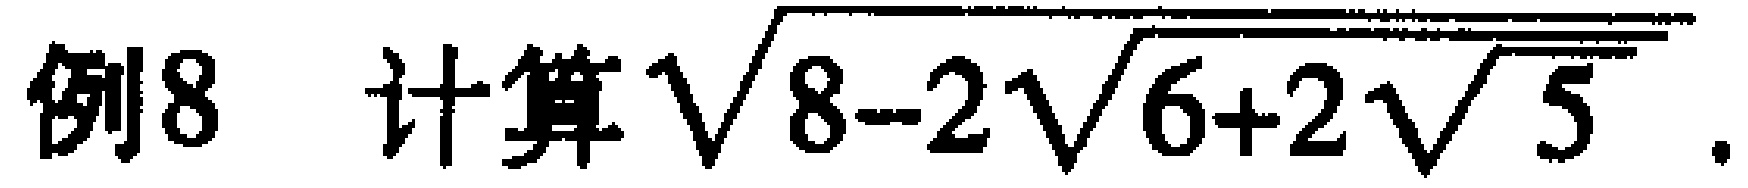
例8 计算$\sqrt{8 - 2\sqrt{6 + 2\sqrt{5}}}$。